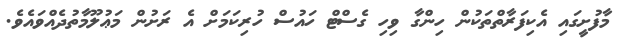
މާފުށީގައި އެކިފަރާތްތަކުން ހިންގާ ވިހި ގެސްޓް ހައުސް ހުރިކަމަށް އެ ރަށުން މަޢުލޫމާތުދެއްވައެވެ.